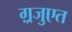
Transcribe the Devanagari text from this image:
ग़्रजुएत